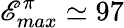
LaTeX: \mathscr{E}_{max}^{\pi}\simeq97